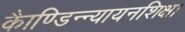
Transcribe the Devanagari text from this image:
काैण्डिन्न्यायनशिक्षा